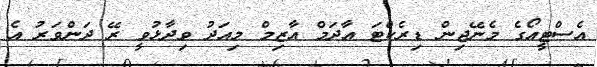
އެސްޓީއޯގެ މެނޭޖިން ޑިރެކްޓަ އާދަމް އާޒިމް މިއަދު ވިދާޅުވީ ރޭ ދަންވަރު އެ